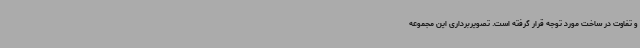
و تفاوت در ساخت مورد توجه قرار گرفته است. تصویربرداری این مجموعه